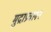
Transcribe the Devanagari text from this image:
मुद्राप्रचलन